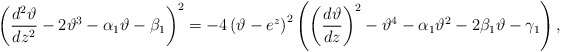
\begin{align*}\left(\frac{d^2 \vartheta}{d z^2}-2 \vartheta^3-\alpha_{1} \vartheta-\beta_{1}\right)^2=-4 \left(\vartheta-e^z\right)^2 \left(\left(\frac{d \vartheta}{dz}\right)^2-\vartheta^4-\alpha_{1} \vartheta^2-2\beta_{1}\vartheta-\gamma_{1}\right),\end{align*}